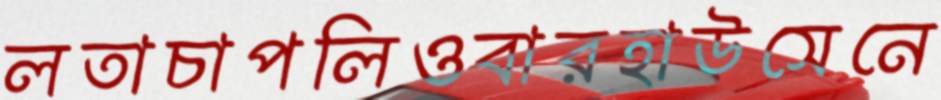
লতাচাপলিওবারহাউসেনে